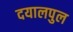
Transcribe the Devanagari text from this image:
दयालपुल